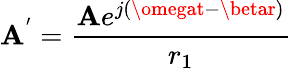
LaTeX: \mathbf{A}^{'}={\frac{{\mathbf{A}e^{j(\omegat-\betar)}}}{{r_{1}}}}